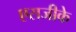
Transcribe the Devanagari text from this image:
एसजीके